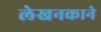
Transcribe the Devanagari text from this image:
लेखनकाने